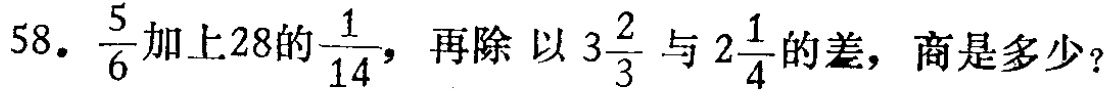
58. $\frac{5}{6}$加上28的$\frac{1}{14}$，再除 以$3\frac{2}{3}$与$2\frac{1}{4}$的差，商是多少？